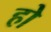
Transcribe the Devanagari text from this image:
हो